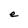
Character: e